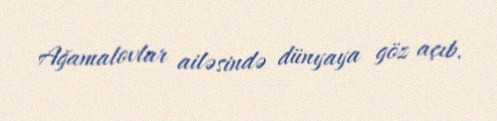
Ağamalovlar ailəsində dünyaya göz açıb.